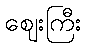
ဈေးကြီး